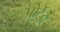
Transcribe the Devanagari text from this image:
पोर्टेट